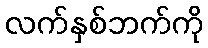
လက်နှစ်ဘက်ကို